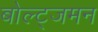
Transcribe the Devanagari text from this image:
बोल्ट्जमन